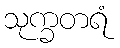
သုက္ခတရံ